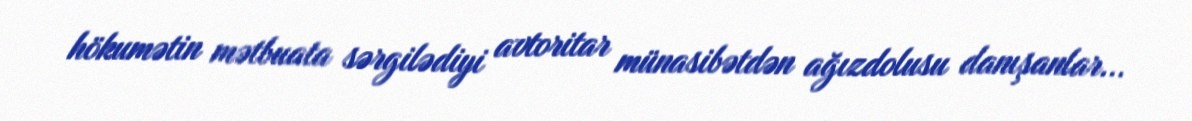
hökumətin mətbuata sərgilədiyi avtoritar münasibətdən ağızdolusu danışanlar...